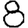
Digit: 8